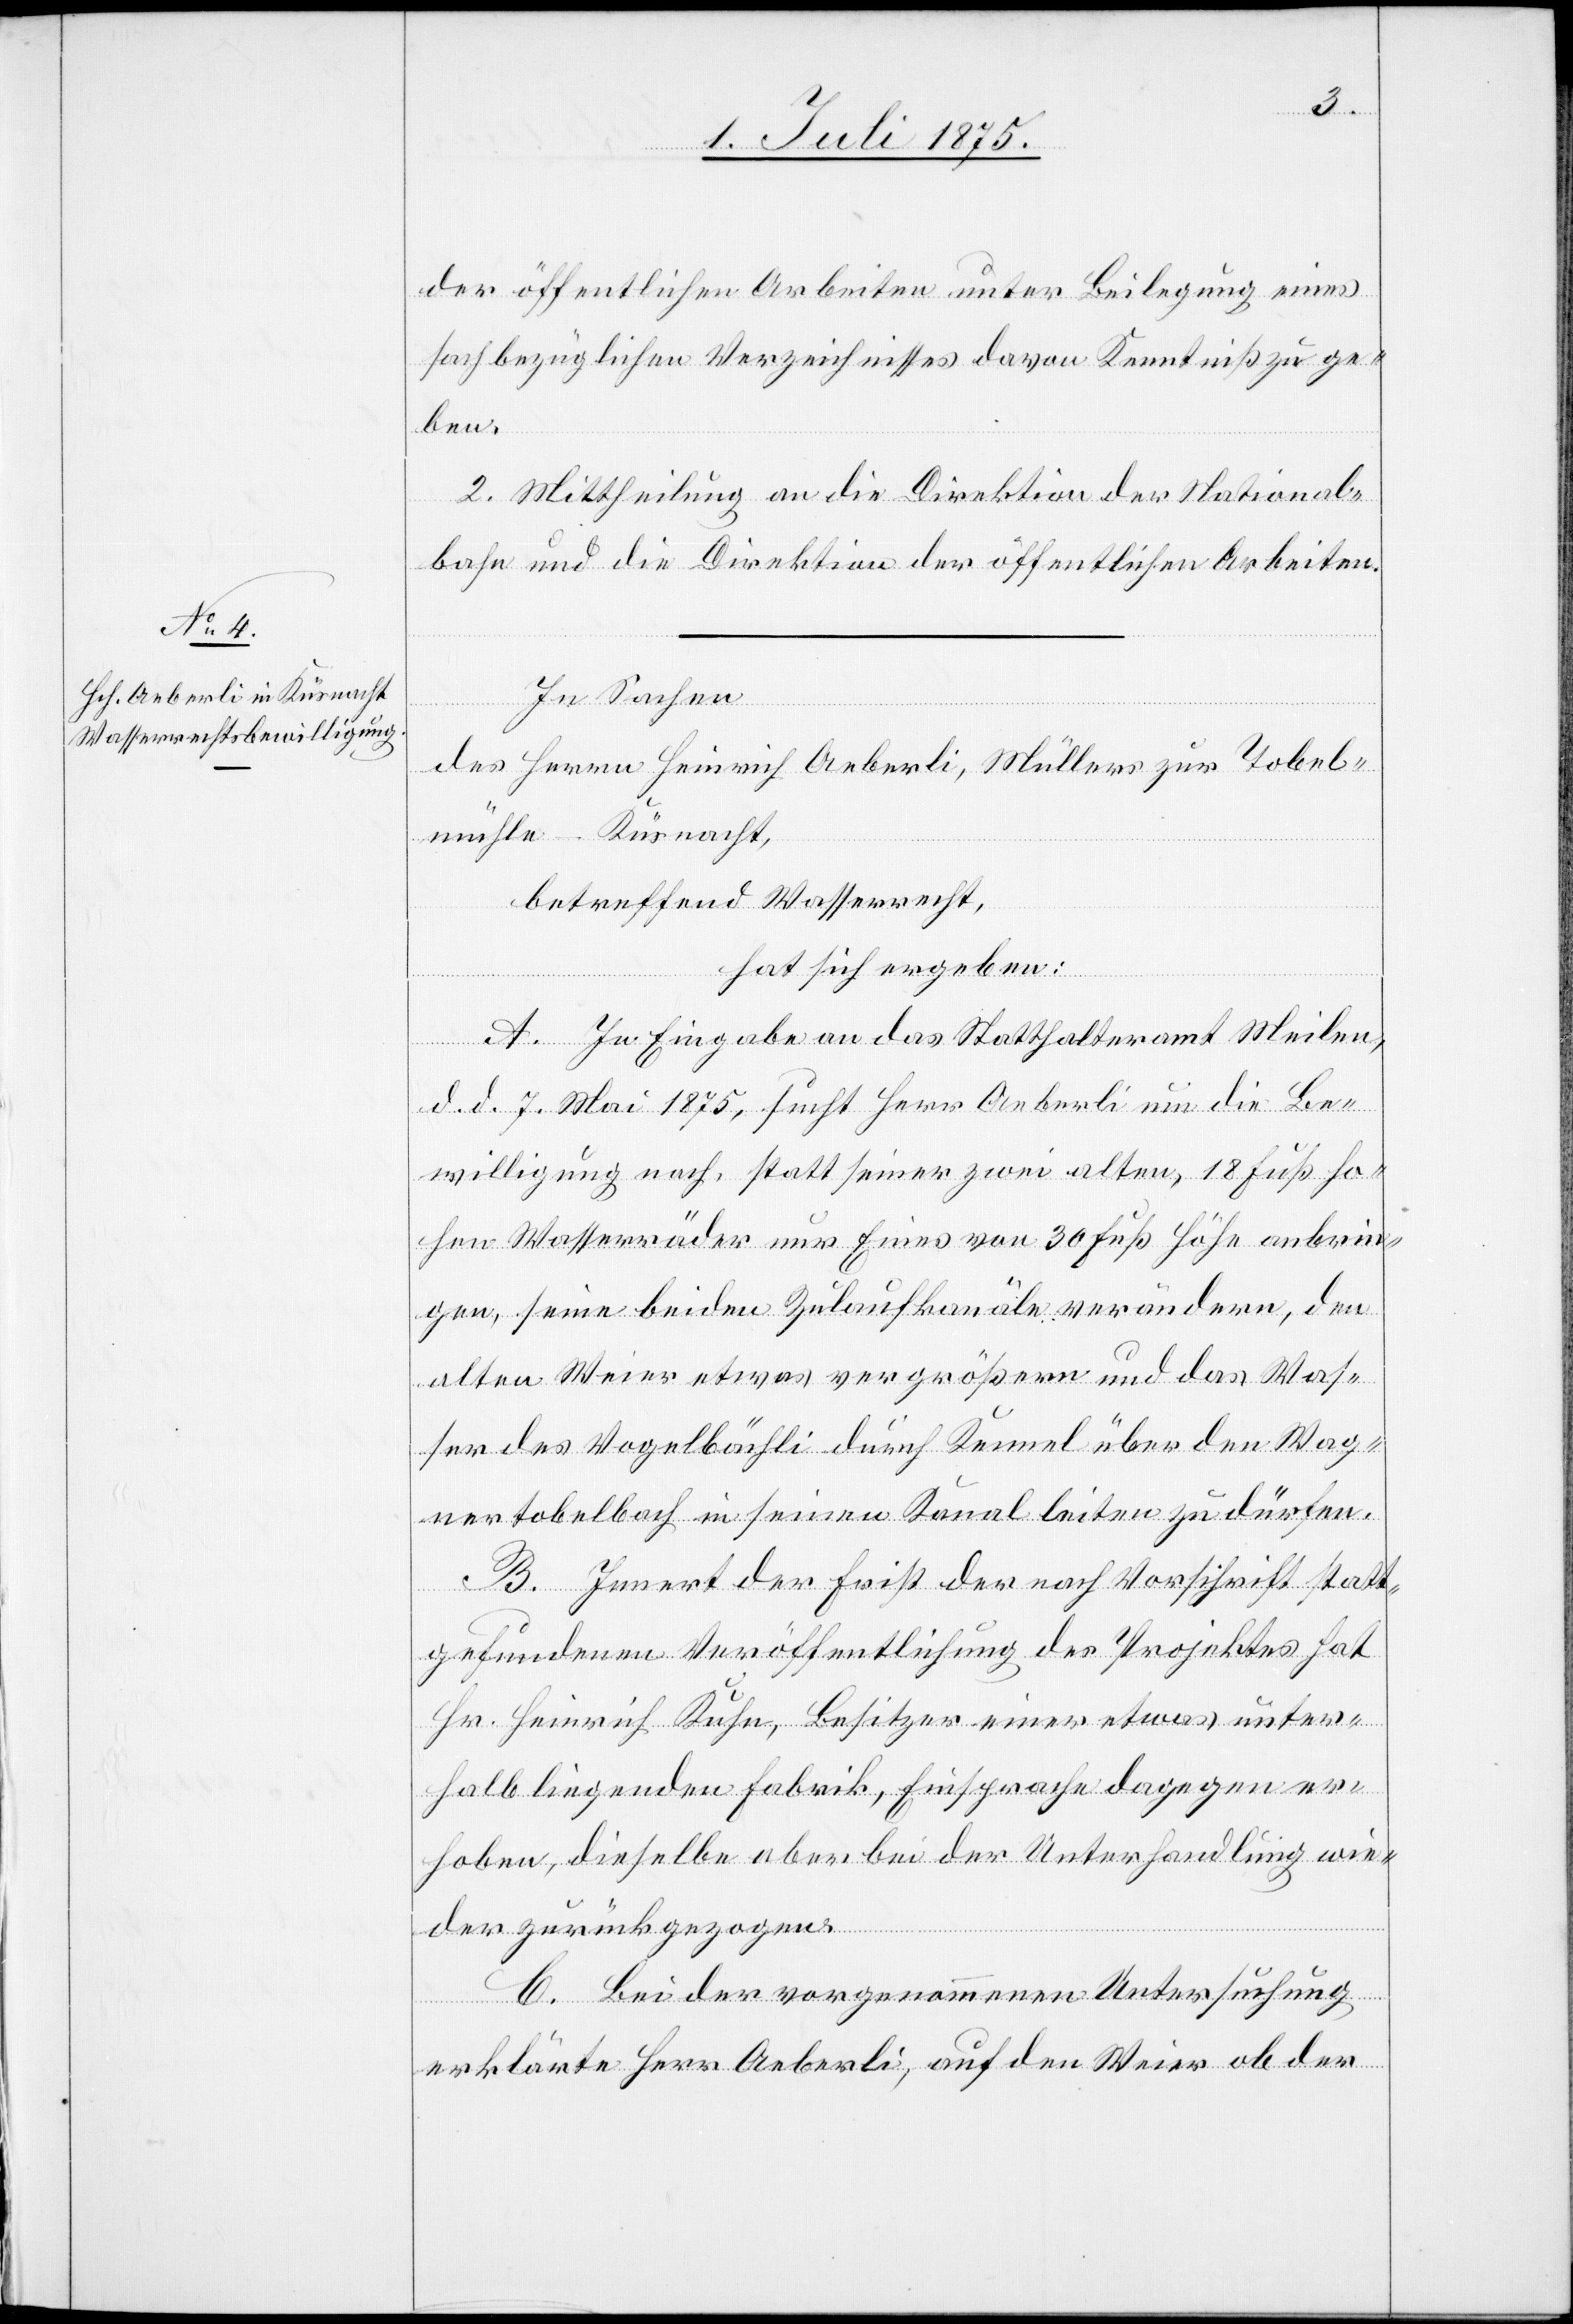
der öffentlichen Arbeiten unter Beilegung eines
sachbezüglichen Verzeichnisses davon Kenntniß zu ge¬
ben.
2. Mittheilung an die Direktion der National¬
bahn und die Direktion der öffentlichen Arbeiten.
In Sachen
des Herrn Heinrich Aeberli, Müllers zur Tobel¬
mühle, Küsnacht,
betreffend Wasserrecht,
hat sich ergeben:
A. In Eingabe an das Statthalteramt Meilen,
d. d. 7. Mai 1875, sucht Herr Aeberli um die Be¬
willigung nach, statt seiner zwei alten, 18 Fuß ho¬
hen Wasserräder nur Eines von 30 Fuß Höhe anbrin¬
gen, seine beiden Zulaufkanäle verändern, den
alten Weier etwas vergrößern und das Was¬
ser des Vogelbächli durch Kennel über den Wang¬
nertobelbach in seinen Kanal leiten zu dürfen.
B. Innert der Frist der nach Vorschrift statt¬
gefundenen Veröffentlichung des Projektes hat
Hr. Heinrich Kuhn, Besitzer einer etwas unter¬
halb liegenden Fabrik, Einsprache dagegen er¬
hoben, dieselbe aber bei der Unterhandlung wie¬
der zurückgezogen.
C. Bei der vorgenommenen Untersuchung
erklärte Herr Aeberli, auf den Weiher ob der